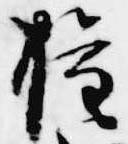
権